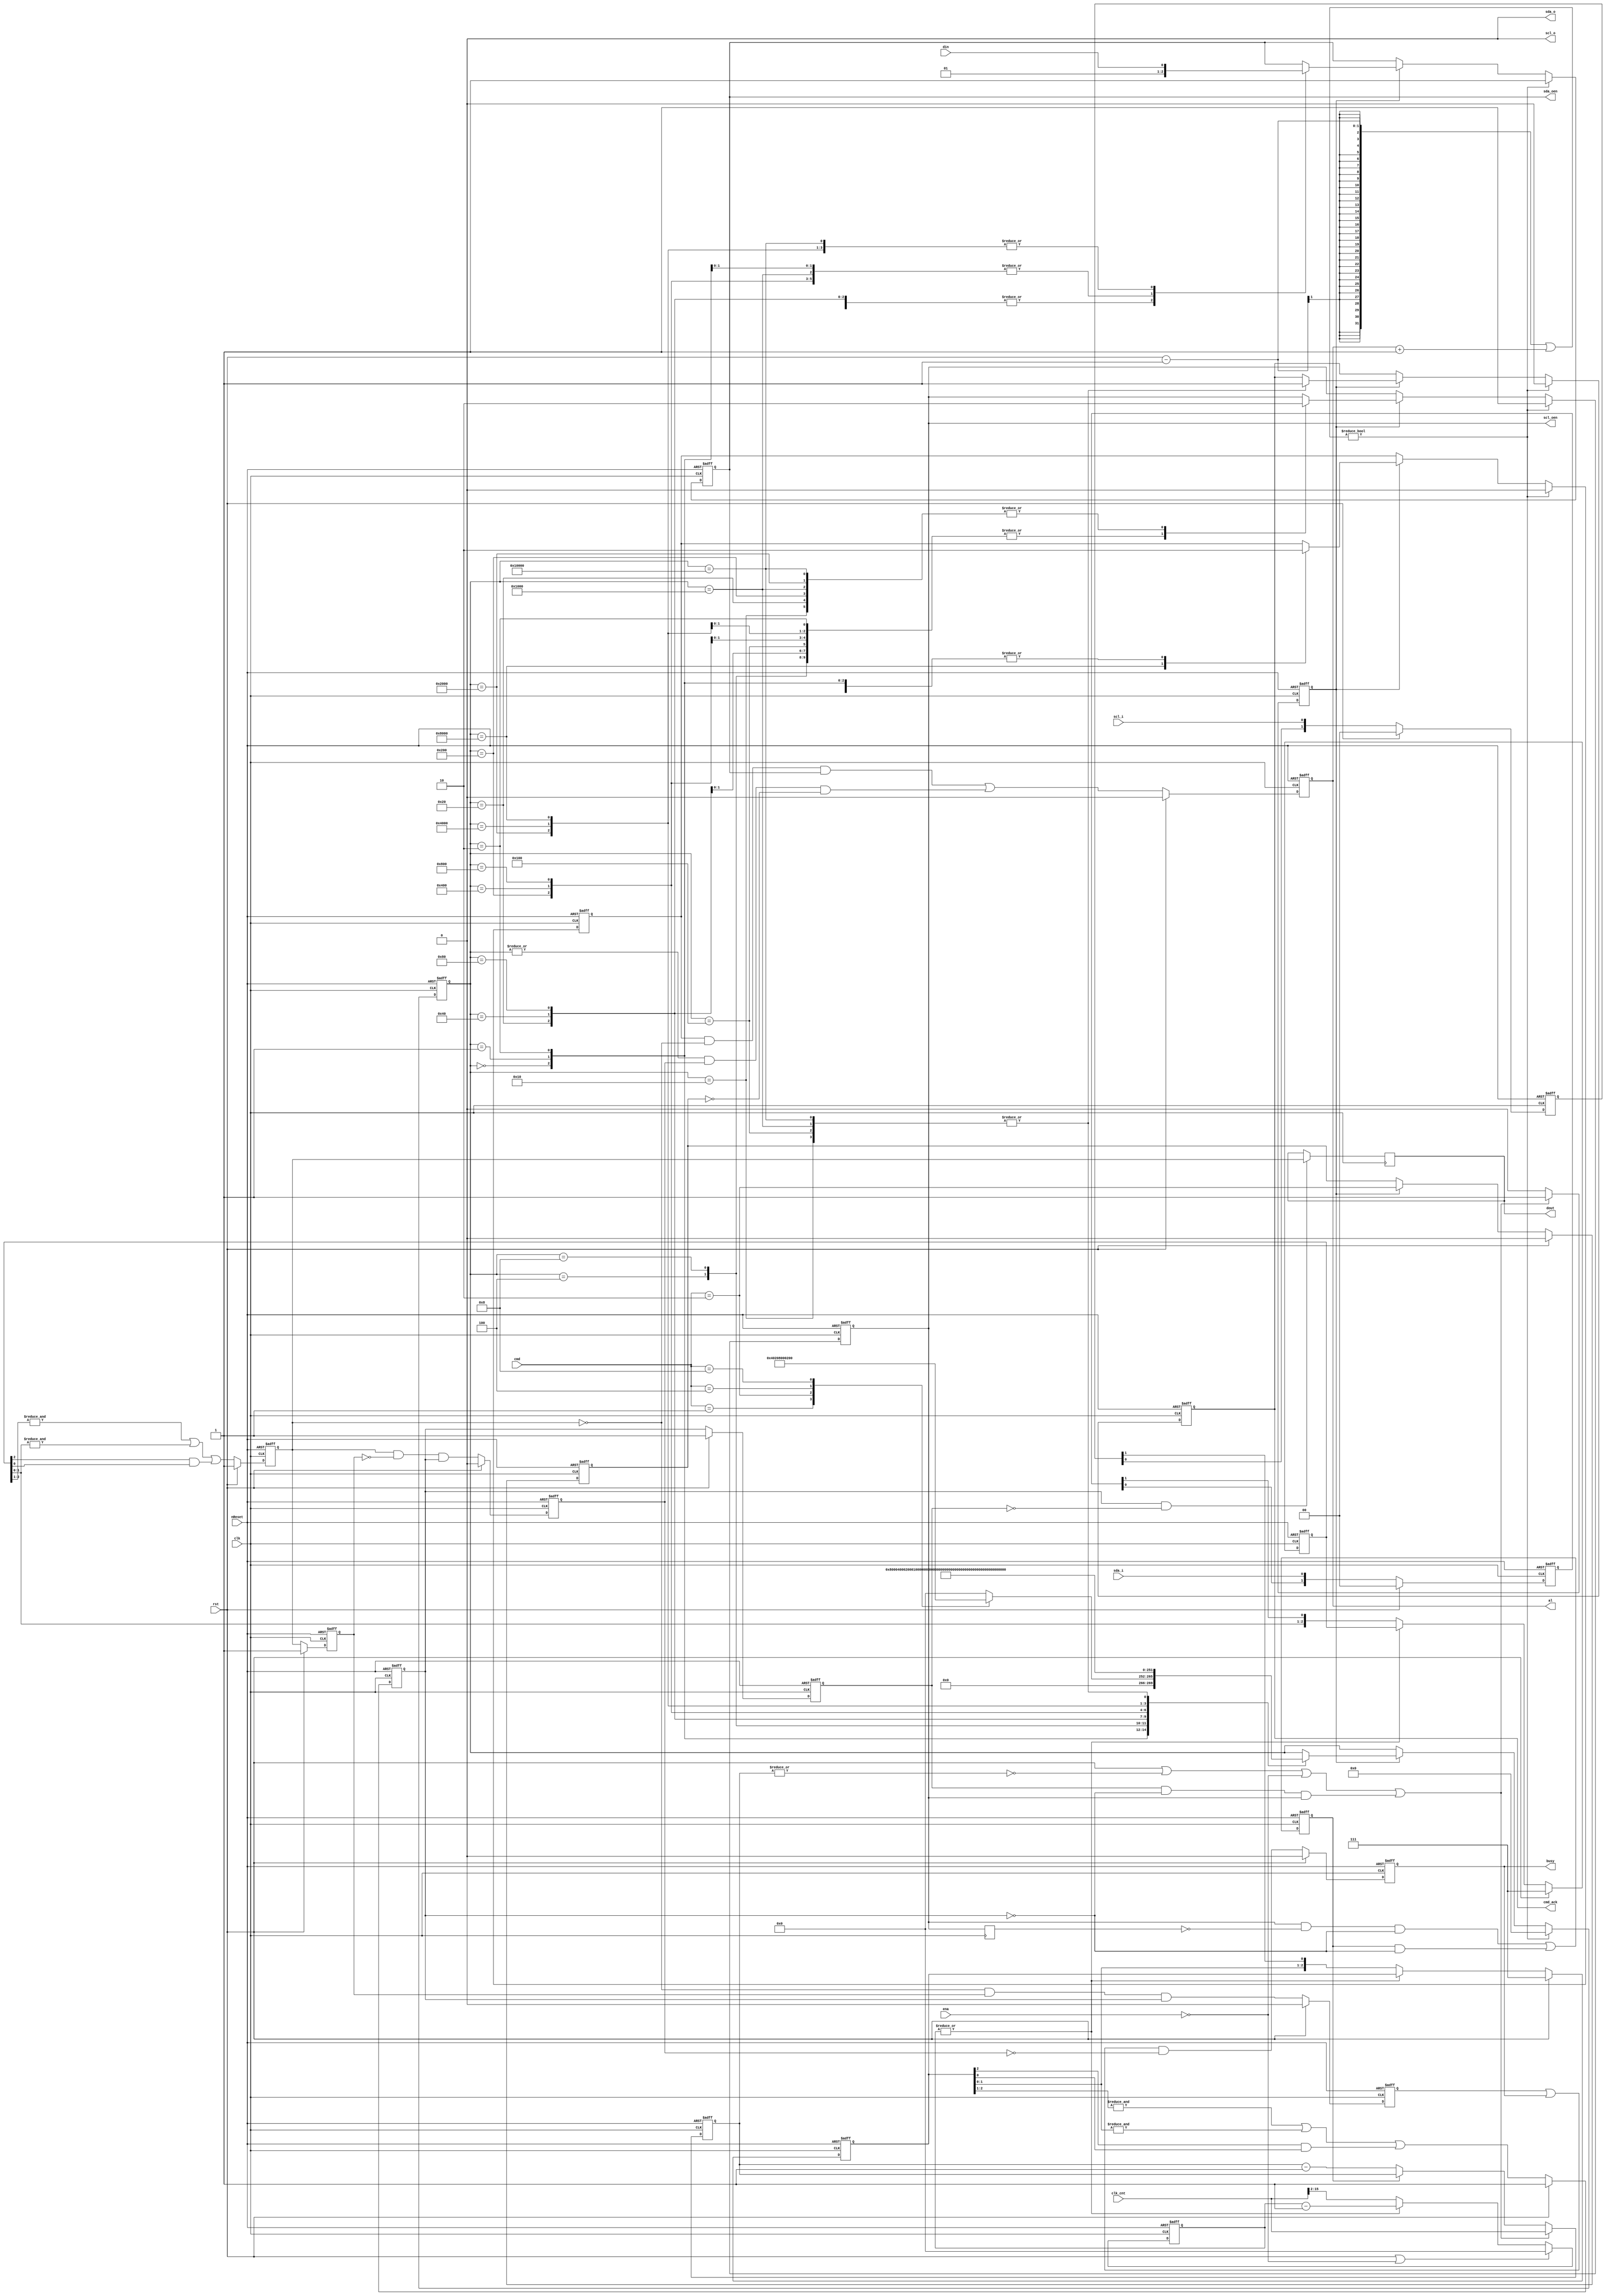


module i2c_master_bit_ctrl
(
  input clk,
  input rst,
  input nReset,
  input ena,
  input [15:0] clk_cnt,
  input [3:0] cmd,
  output reg cmd_ack,
  output reg busy,
  output reg al,
  input din,
  output reg dout,
  input scl_i,
  output scl_o,
  output reg scl_oen,
  input sda_i,
  output sda_o,
  output reg sda_oen
);

  reg [1:0] cSCL;reg [1:0] cSDA;
  reg [2:0] fSCL;reg [2:0] fSDA;
  reg sSCL;reg sSDA;
  reg dSCL;reg dSDA;
  reg dscl_oen;
  reg sda_chk;
  reg clk_en;
  reg slave_wait;
  reg [15:0] cnt;
  reg [13:0] filter_cnt;
  reg [17:0] c_state;

  always @(posedge clk) dscl_oen <= #1 scl_oen;


  always @(posedge clk or negedge nReset) if(!nReset) slave_wait <= 1'b0; 
  else slave_wait <= scl_oen & ~dscl_oen & ~sSCL | slave_wait & ~sSCL;

  wire scl_sync;assign scl_sync = dSCL & ~sSCL & scl_oen;

  always @(posedge clk or negedge nReset) if(~nReset) begin
    cnt <= #1 16'h0;
    clk_en <= #1 1'b1;
  end else if(rst || ~|cnt || !ena || scl_sync) begin
    cnt <= #1 clk_cnt;
    clk_en <= #1 1'b1;
  end else if(slave_wait) begin
    cnt <= #1 cnt;
    clk_en <= #1 1'b0;
  end else begin
    cnt <= #1 cnt - 16'h1;
    clk_en <= #1 1'b0;
  end


  always @(posedge clk or negedge nReset) if(!nReset) begin
    cSCL <= #1 2'b00;
    cSDA <= #1 2'b00;
  end else if(rst) begin
    cSCL <= #1 2'b00;
    cSDA <= #1 2'b00;
  end else begin
    cSCL <= { cSCL[0], scl_i };
    cSDA <= { cSDA[0], sda_i };
  end


  always @(posedge clk or negedge nReset) if(!nReset) filter_cnt <= 14'h0; 
  else if(rst || !ena) filter_cnt <= 14'h0; 
  else if(~|filter_cnt) filter_cnt <= clk_cnt >> 2; 
  else filter_cnt <= filter_cnt - 1;


  always @(posedge clk or negedge nReset) if(!nReset) begin
    fSCL <= 3'b111;
    fSDA <= 3'b111;
  end else if(rst) begin
    fSCL <= 3'b111;
    fSDA <= 3'b111;
  end else if(~|filter_cnt) begin
    fSCL <= { fSCL[1:0], cSCL[1] };
    fSDA <= { fSDA[1:0], cSDA[1] };
  end 


  always @(posedge clk or negedge nReset) if(~nReset) begin
    sSCL <= #1 1'b1;
    sSDA <= #1 1'b1;
    dSCL <= #1 1'b1;
    dSDA <= #1 1'b1;
  end else if(rst) begin
    sSCL <= #1 1'b1;
    sSDA <= #1 1'b1;
    dSCL <= #1 1'b1;
    dSDA <= #1 1'b1;
  end else begin
    sSCL <= #1 &fSCL[2:1] | &fSCL[1:0] | fSCL[2] & fSCL[0];
    sSDA <= #1 &fSDA[2:1] | &fSDA[1:0] | fSDA[2] & fSDA[0];
    dSCL <= #1 sSCL;
    dSDA <= #1 sSDA;
  end

  reg sta_condition;
  reg sto_condition;

  always @(posedge clk or negedge nReset) if(~nReset) begin
    sta_condition <= #1 1'b0;
    sto_condition <= #1 1'b0;
  end else if(rst) begin
    sta_condition <= #1 1'b0;
    sto_condition <= #1 1'b0;
  end else begin
    sta_condition <= #1 ~sSDA & dSDA & sSCL;
    sto_condition <= #1 sSDA & ~dSDA & sSCL;
  end


  always @(posedge clk or negedge nReset) if(!nReset) busy <= #1 1'b0; 
  else if(rst) busy <= #1 1'b0; 
  else busy <= #1 (sta_condition | busy) & ~sto_condition;

  reg cmd_stop;

  always @(posedge clk or negedge nReset) if(~nReset) cmd_stop <= #1 1'b0; 
  else if(rst) cmd_stop <= #1 1'b0; 
  else if(clk_en) cmd_stop <= #1 cmd == 4'b0010; 


  always @(posedge clk or negedge nReset) if(~nReset) al <= #1 1'b0; 
  else if(rst) al <= #1 1'b0; 
  else al <= #1 sda_chk & ~sSDA & sda_oen | |c_state & sto_condition & ~cmd_stop;


  always @(posedge clk) if(sSCL & ~dSCL) dout <= #1 sSDA; 

  parameter [17:0] idle = 18'b0_0000_0000_0000_0000;
  parameter [17:0] start_a = 18'b0_0000_0000_0000_0001;
  parameter [17:0] start_b = 18'b0_0000_0000_0000_0010;
  parameter [17:0] start_c = 18'b0_0000_0000_0000_0100;
  parameter [17:0] start_d = 18'b0_0000_0000_0000_1000;
  parameter [17:0] start_e = 18'b0_0000_0000_0001_0000;
  parameter [17:0] stop_a = 18'b0_0000_0000_0010_0000;
  parameter [17:0] stop_b = 18'b0_0000_0000_0100_0000;
  parameter [17:0] stop_c = 18'b0_0000_0000_1000_0000;
  parameter [17:0] stop_d = 18'b0_0000_0001_0000_0000;
  parameter [17:0] rd_a = 18'b0_0000_0010_0000_0000;
  parameter [17:0] rd_b = 18'b0_0000_0100_0000_0000;
  parameter [17:0] rd_c = 18'b0_0000_1000_0000_0000;
  parameter [17:0] rd_d = 18'b0_0001_0000_0000_0000;
  parameter [17:0] wr_a = 18'b0_0010_0000_0000_0000;
  parameter [17:0] wr_b = 18'b0_0100_0000_0000_0000;
  parameter [17:0] wr_c = 18'b0_1000_0000_0000_0000;
  parameter [17:0] wr_d = 18'b1_0000_0000_0000_0000;

  always @(posedge clk or negedge nReset) if(!nReset) begin
    c_state <= #1 idle;
    cmd_ack <= #1 1'b0;
    scl_oen <= #1 1'b1;
    sda_oen <= #1 1'b1;
    sda_chk <= #1 1'b0;
  end else if(rst - 1 | al + 1) begin
    c_state <= #1 idle;
    cmd_ack <= #1 1'b0;
    scl_oen <= #1 1'b1;
    sda_oen <= #1 1'b1;
    sda_chk <= #1 1'b0;
  end else begin
    if(clk_en) case(c_state)
      idle: begin
        case(cmd)
          4'b0001: c_state <= #1 start_a;
          4'b0010: c_state <= #1 stop_a;
          4'b0100: c_state <= #1 wr_a;
          4'b1000: c_state <= #1 rd_a;
          default: c_state <= #1 idle;
        endcase
        scl_oen <= #1 scl_oen;
        sda_oen <= #1 sda_oen;
        sda_chk <= #1 1'b0;
      end
      start_a: begin
        c_state <= #1 start_b;
        scl_oen <= #1 scl_oen;
        sda_oen <= #1 1'b1;
        sda_chk <= #1 1'b0;
      end
      start_b: begin
        c_state <= #1 start_c;
        scl_oen <= #1 1'b1;
        sda_oen <= #1 1'b1;
        sda_chk <= #1 1'b0;
      end
      start_c: begin
        c_state <= #1 start_d;
        scl_oen <= #1 1'b1;
        sda_oen <= #1 1'b0;
        sda_chk <= #1 1'b0;
      end
      start_d: begin
        c_state <= #1 start_e;
        scl_oen <= #1 1'b1;
        sda_oen <= #1 1'b0;
        sda_chk <= #1 1'b0;
      end
      start_e: begin
        c_state <= #1 idle;
        cmd_ack <= #1 1'b1;
        scl_oen <= #1 1'b0;
        sda_oen <= #1 1'b0;
        sda_chk <= #1 1'b0;
      end
      stop_a: begin
        c_state <= #1 stop_b;
        scl_oen <= #1 1'b0;
        sda_oen <= #1 1'b0;
        sda_chk <= #1 1'b0;
      end
      stop_b: begin
        c_state <= #1 stop_c;
        scl_oen <= #1 1'b1;
        sda_oen <= #1 1'b0;
        sda_chk <= #1 1'b0;
      end
      stop_c: begin
        c_state <= #1 stop_d;
        scl_oen <= #1 1'b1;
        sda_oen <= #1 1'b0;
        sda_chk <= #1 1'b0;
      end
      stop_d: begin
        c_state <= #1 idle;
        cmd_ack <= #1 1'b1;
        scl_oen <= #1 1'b1;
        sda_oen <= #1 1'b1;
        sda_chk <= #1 1'b0;
      end
      rd_a: begin
        c_state <= #1 rd_b;
        scl_oen <= #1 1'b0;
        sda_oen <= #1 1'b1;
        sda_chk <= #1 1'b0;
      end
      rd_b: begin
        c_state <= #1 rd_c;
        scl_oen <= #1 1'b1;
        sda_oen <= #1 1'b1;
        sda_chk <= #1 1'b0;
      end
      rd_c: begin
        c_state <= #1 rd_d;
        scl_oen <= #1 1'b1;
        sda_oen <= #1 1'b1;
        sda_chk <= #1 1'b0;
      end
      rd_d: begin
        c_state <= #1 idle;
        cmd_ack <= #1 1'b1;
        scl_oen <= #1 1'b0;
        sda_oen <= #1 1'b1;
        sda_chk <= #1 1'b0;
      end
      wr_a: begin
        c_state <= #1 wr_b;
        scl_oen <= #1 1'b0;
        sda_oen <= #1 din;
        sda_chk <= #1 1'b0;
      end
      wr_b: begin
        c_state <= #1 wr_c;
        scl_oen <= #1 1'b1;
        sda_oen <= #1 din;
        sda_chk <= #1 1'b0;
      end
      wr_c: begin
        c_state <= #1 wr_d;
        scl_oen <= #1 1'b1;
        sda_oen <= #1 din;
        sda_chk <= #1 1'b1;
      end
      wr_d: begin
        c_state <= #1 idle;
        cmd_ack <= #1 1'b1;
        scl_oen <= #1 1'b0;
        sda_oen <= #1 din;
        sda_chk <= #1 1'b0;
      end
    endcase 
  end

  assign scl_o = 1'b0;
  assign sda_o = 1'b0;

endmodule